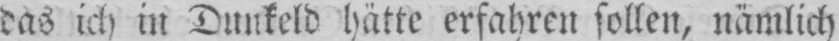
das ich in Dunkeld hätte erfahren sollen, nämlich